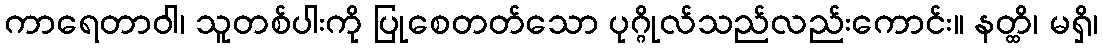
ကာရေတာဝါ၊ သူတစ်ပါးကို ပြုစေတတ်သော ပုဂ္ဂိုလ်သည်လည်းကောင်း။ နတ္ထိ၊ မရှိ၊